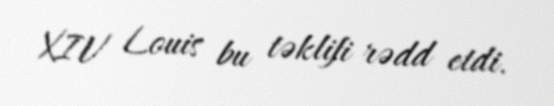
XIV Louis bu təklifi rədd etdi.